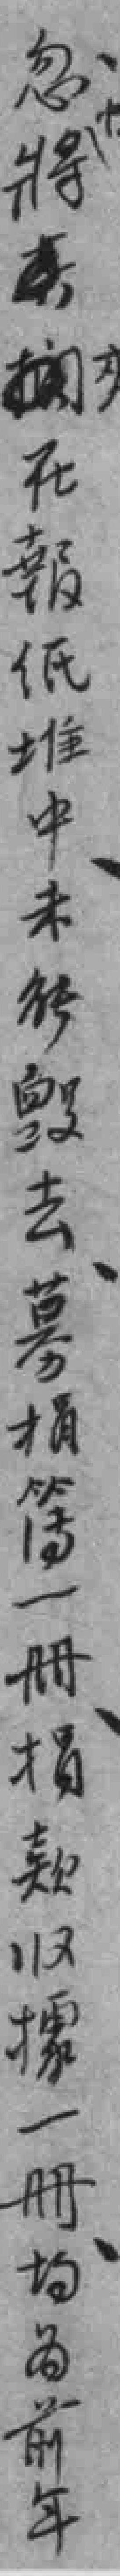
忽将其在報纸堆中未能毁去募捐簿一册捐款収據一册均为前年